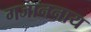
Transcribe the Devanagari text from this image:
गजाननाय